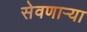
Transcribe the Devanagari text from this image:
सेवणाऱ्या